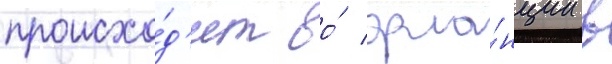
происхо́д'ит во́ фра́нции в